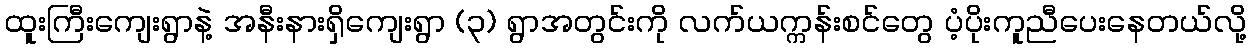
ထူးကြီးကျေးရွာနဲ့ အနီးနားရှိကျေးရွာ (၃) ရွာအတွင်းကို လက်ယက္ကန်းစင်တွေ ပံ့ပိုးကူညီပေးနေတယ်လို့